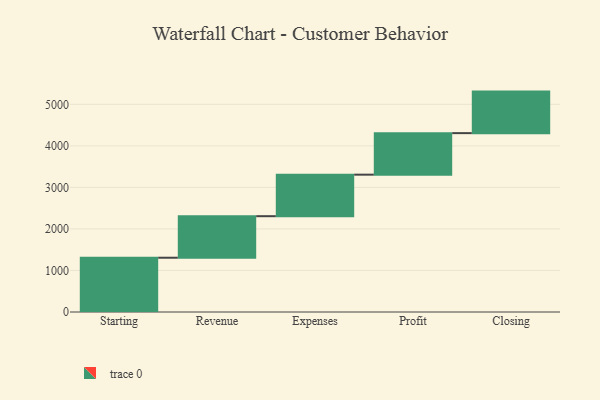
{"axis": {"x": "Step", "y": "Value"}, "legend": [""], "data": [{"x": "Starting", "y": 1307.0, "type": ""}, {"x": "Revenue", "y": 1000, "type": ""}, {"x": "Expenses", "y": 1000, "type": ""}, {"x": "Profit", "y": 1000, "type": ""}, {"x": "Closing", "y": 1000, "type": ""}]}